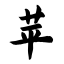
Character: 苹